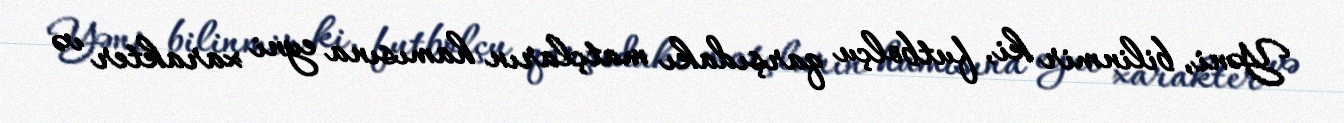
Yəni, bilinmir ki, futbolçu qarşıdakı matçların hamısına eyni xarakter və